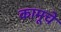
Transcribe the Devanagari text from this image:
कामूचे